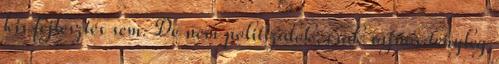
kis fejlesztés sem. De nem politizálok, csak sajnos tényleg